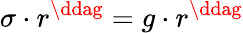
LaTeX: \sigma\cdot r^{\ddag}=g\cdot r^{\ddag}